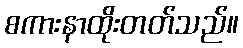
စကားနာထိုးတတ်သည်။